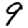
Digit: 9